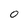
Character: 0